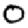
Digit: 0